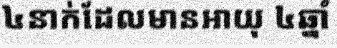
៤នាក់ដែលមានអាយុ ៤ឆ្នាំ